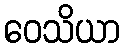
ဝေသိယာ